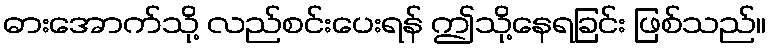
ဓားအောက်သို့ လည်စင်းပေးရန် ဤသို့နေရခြင်း ဖြစ်သည်။